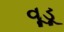
વૂડૂ